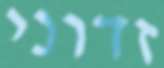
זדוני